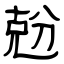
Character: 兝